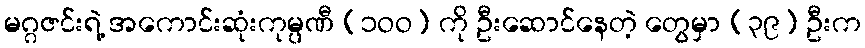
မဂ္ဂဇင်းရဲ့ အကောင်းဆုံးကုမ္ပဏီ (၁ဝဝ) ကို ဦးဆောင်နေတဲ့ တွေမှာ (၃၉) ဦးက